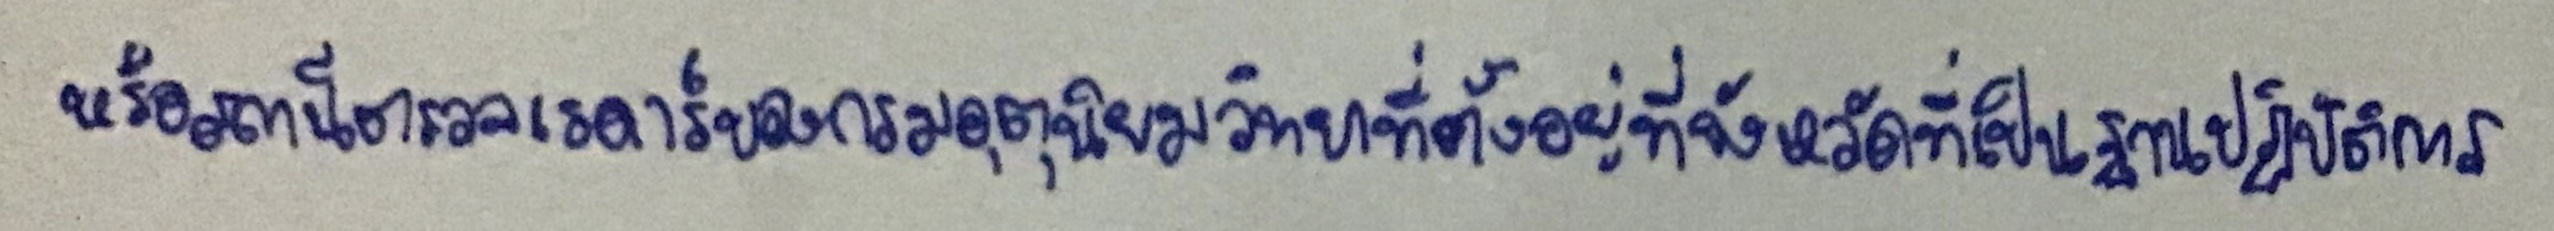
หรือสถานีตรวจเรดาร์ของกรมอุตุนิยมวิทยาที่ตั้งอยู่ที่จังหวัดที่เป็นฐานปฏิบัติการ